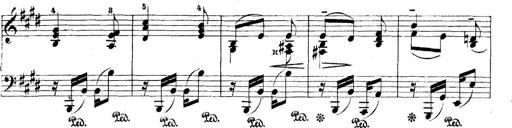
Title: 5 Sonatinas
Composer: Theodor Kirchner